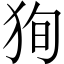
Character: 狥